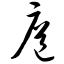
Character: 扈